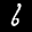
Label: 6